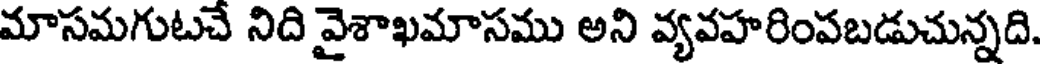
మాసమగుటచే నిది వైశాఖమాసము అని వ్యవహరింపబడుచున్నది